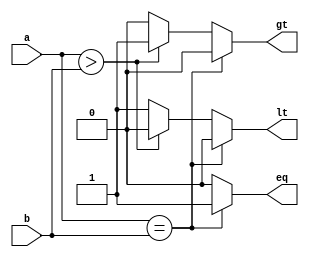
module comparator(a,b,eq,lt,gt);
  input[3:0] a,b;
  output reg eq,lt,gt;
  always@(a,b)
  begin
    if(a == b)
      begin
        eq = 1'b1;
        lt = 1'b0;
        gt = 1'b0;
      end
    else if(a>b)
      begin
        eq = 1'b0;
        lt = 1'b0;
        gt = 1'b1;
    end
  else
    begin
       eq=1'b0;
       lt=1'b1;
       gt=1'b0;
    end
  end
endmodule